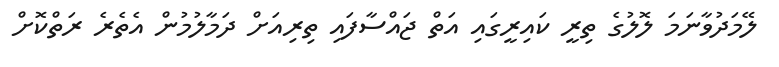
ލޭމަދުވާނަމަ ލޮލުގެ ތިރީ ކައިރީގައި އަތް ޖައްސާފައި ތިރިއަށް ދަމާލުމުން އެތެރެ ރަތްކޮށް